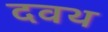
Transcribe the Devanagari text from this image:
दवथ